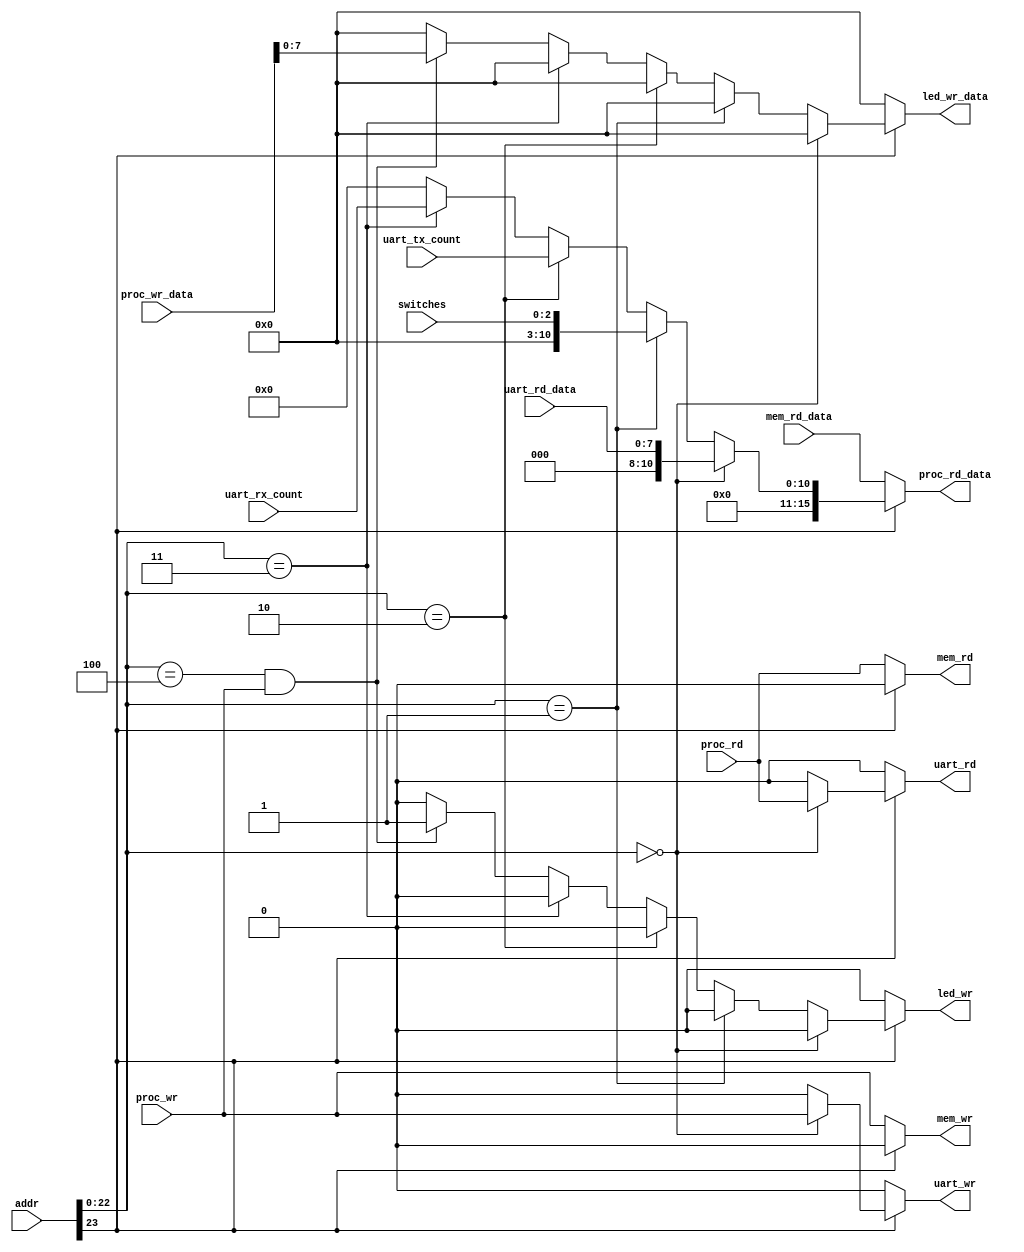

//
// Provides access to switches, leds, uart, and memory based on addr.
// Handles muxing the proc_rd and proc_wr lines so as to avoid
// inducing a memory stall when not actually accessing memory.
//
// If addr[23] is low, normal access to memory. Else:
// 0xXX800000 => uart rd/wr
// 0xXX800001 => read from switches
// 0xXX800002 => number of items in uart transmit fifo
// 0xXX800003 => number of items in uart receive fifo
// 0xXX800004 => write to leds
//

module mem_map_io
(
	input [31:0] addr,
	input [15:0] proc_wr_data,
	input proc_rd,
	input proc_wr,

	input [7:0] uart_rd_data, 	// 8 bits
	input [15:0] mem_rd_data, 	// 16 bits

	input [2:0] switches,

	input [10:0] uart_tx_count,
	input [10:0] uart_rx_count,

	//outputs
	output reg mem_rd,
	output reg mem_wr,
	output reg uart_rd,
	output reg uart_wr,

	output reg [15:0] proc_rd_data, 	// 16 bits

	output reg led_wr,
	output reg [7:0] led_wr_data
);

	wire [22:0] io_num;
	assign io_num = addr[22:0];

	always @(*)
	begin

		// defaults
		mem_wr <= 0;
		mem_rd <= 0;
		uart_wr <= 0;
		uart_rd <= 0;
		proc_rd_data <= 16'b0;
		led_wr <= 0;
		led_wr_data <= 8'b0;

		if (addr[23]) begin
			if (io_num == 0) begin
				// uart
				uart_wr <= proc_wr;
				uart_rd <= proc_rd;
				proc_rd_data <= {8'b0, uart_rd_data};
			end
			else if (io_num == 1) begin
				// read switches
				proc_rd_data <= {13'b0, switches};
			end
			else if (io_num == 2) begin
				// read uart_tx_count
				proc_rd_data <= {5'b0, uart_tx_count};
			end
			else if (io_num == 3) begin
				// read uart_rx_count
				proc_rd_data <= {5'b0, uart_rx_count};
			end
			else if (io_num == 4 && proc_wr) begin
				// write to leds
				led_wr <= 1'b1;
				led_wr_data <= proc_wr_data[7:0];
			end
		end
		else begin
			// memory
			mem_wr <= proc_wr;
			mem_rd <= proc_rd;
			proc_rd_data <= mem_rd_data;
		end
	end

endmodule